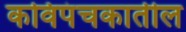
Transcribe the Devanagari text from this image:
कविपंचकातील